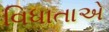
વિધાતાએ